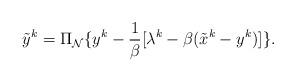
LaTeX: \begin{align*}\tilde{y}^{k}=\Pi_{\mathcal{N}}\{y^k-\frac{1}{\beta}[\lambda^k-\beta(\tilde{x}^{k}-y^k)]\}.\end{align*}